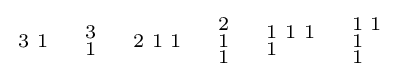
{\begin{smallmatrix}3&1\end{smallmatrix}}\quad {\begin{smallmatrix}3\\1\end{smallmatrix}}\quad {\begin{smallmatrix}2&1&1\end{smallmatrix}}\quad {\begin{smallmatrix}2\\1\\1\end{smallmatrix}}\quad {\begin{smallmatrix}1&1&1\\1\end{smallmatrix}}\quad {\begin{smallmatrix}1&1\\1\\1\end{smallmatrix}}